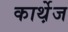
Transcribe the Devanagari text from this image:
कार्थ़ेज